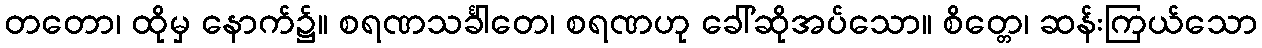
တတော၊ ထိုမှ နောက်၌။ စရဏသင်္ခါတေ၊ စရဏဟု ခေါ်ဆိုအပ်သော။ စိတ္တေ၊ ဆန်းကြယ်သော